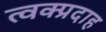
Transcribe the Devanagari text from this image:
त्वक्प्रदाह